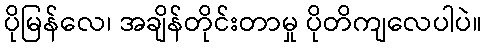
ပိုမြန်လေ၊ အချိန်တိုင်းတာမှု ပိုတိကျလေပါပဲ။